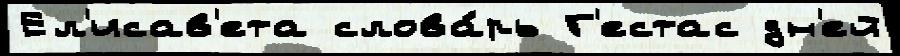
Ел'исав'ета слова́рь Г'естас дн'ей